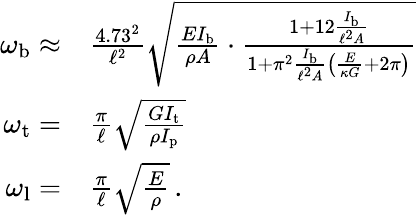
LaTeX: \begin{array}{rl}{\omega_{\mathrm{b}}\approx}&{\frac{4.73^{2}}{\ell^{2}}\sqrt{\frac{EI_{\mathrm{b}}}{\rho A}\cdot\frac{1+12\frac{I_{\mathrm{b}}}{\ell^{2}A}}{1+\pi^{2}\frac{I_{\mathrm{b}}}{\ell^{2}A}\left(\frac{E}{\kappa G}+2\pi\right)}}}\\ {\omega_{\mathrm{t}}=}&{\frac{\pi}{\ell}\sqrt{\frac{GI_{\mathrm{t}}}{\rho I_{\mathrm{p}}}}}\\ {\omega_{\mathrm{l}}=}&{\frac{\pi}{\ell}\sqrt{\frac{E}{\rho}}\, .}\end{array}